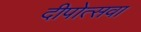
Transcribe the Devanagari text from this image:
दीपोत्सवा